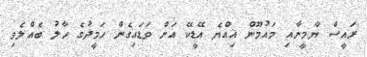
ރައީސް ޔާމީނާއި މައުމޫން އިއްޔެ އޭޑީކޭ އަށް ވަޑައިގެން ހަމީދުގެ ހާލު ބެއްލެވި